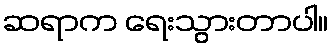
ဆရာက ရေးသွားတာပါ။